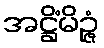
အဋ္ဌိံမိဉ္ဇံ